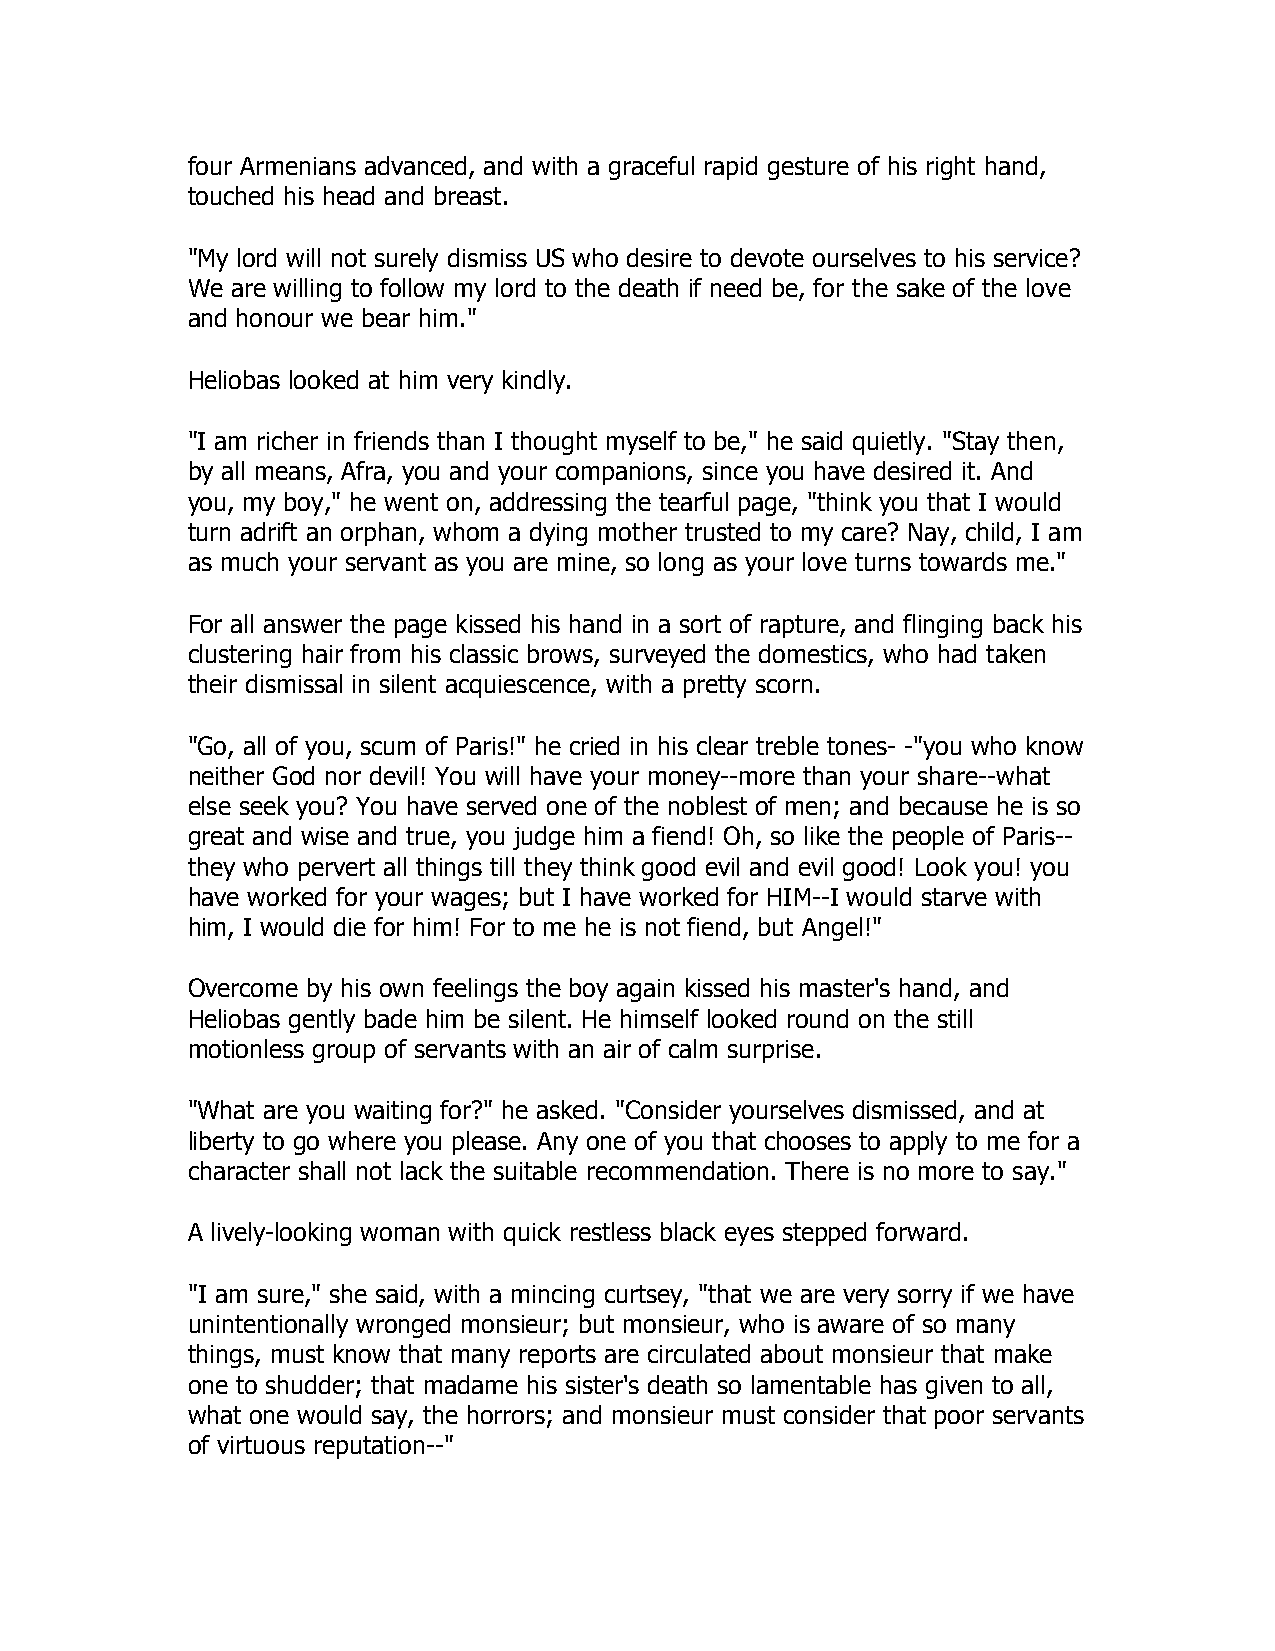
four Armenians advanced, and with a graceful rapid gesture of his right hand,
 touched his head and breast.
 "My lord will not surely dismiss US who desire to devote ourselves to his service?
 We are willing to follow my lord to the death if need be, for the sake of the love
 and honour we bear him."
 Heliobas looked at him very kindly.
 "I am richer in friends than I thought myself to be," he said quietly. "Stay then,
 by all means, Afra, you and your companions, since you have desired it. And
 you, my boy," he went on, addressing the tearful page, "think you that I would
 turn adrift an orphan, whom a dying mother trusted to my care? Nay, child, I am
 as much your servant as you are mine, so long as your love turns towards me."
 For all answer the page kissed his hand in a sort of rapture, and flinging back his
 clustering hair from his classic brows, surveyed the domestics, who had taken
 their dismissal in silent acquiescence, with a pretty scorn.
 "Go, all of you, scum of Paris!" he cried in his clear treble tones- -"you who know
 neither God nor devil! You will have your money--more than your share--what
 else seek you? You have served one of the noblest of men; and because he is so
 great and wise and true, you judge him a fiend! Oh, so like the people of Paris--
 they who pervert all things till they think good evil and evil good! Look you! you
 have worked for your wages; but I have worked for HIM--I would starve with
 him, I would die for him! For to me he is not fiend, but Angel!"
 Overcome by his own feelings the boy again kissed his master's hand, and
 Heliobas gently bade him be silent. He himself looked round on the still
 motionless group of servants with an air of calm surprise.
 "What are you waiting for?" he asked. "Consider yourselves dismissed, and at
 liberty to go where you please. Any one of you that chooses to apply to me for a
 character shall not lack the suitable recommendation. There is no more to say."
 A lively-looking woman with quick restless black eyes stepped forward.
 "I am sure," she said, with a mincing curtsey, "that we are very sorry if we have
 unintentionally wronged monsieur; but monsieur, who is aware of so many
 things, must know that many reports are circulated about monsieur that make
 one to shudder; that madame his sister's death so lamentable has given to all,
 what one would say, the horrors; and monsieur must consider that poor servants
 of virtuous reputation--"